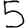
Digit: 5